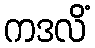
ကဒလိံ